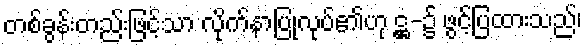
တစ်ခွန်းတည်းဖြင့်သာ လိုက်နာပြုလုပ်၏ဟု ဋ္ဌ-၌ ဖွင့်ပြထားသည်၊